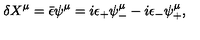
\delta X ^ { \mu } = \bar { \epsilon } \psi ^ { \mu } = i \epsilon _ { + } \psi _ { - } ^ { \mu } - i \epsilon _ { - } \psi _ { + } ^ { \mu } ,